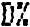
D%